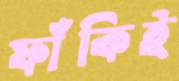
ফাঁকিই